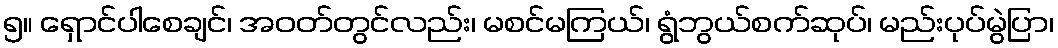
၅။ ရှောင်ပါစေချင်၊ အဝတ်တွင်လည်း၊ မစင်မကြယ်၊ ရွံဘွယ်စက်ဆုပ်၊ မည်းပုပ်မွဲပြာ၊